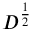
D ^ { \frac { 1 } { 2 } }